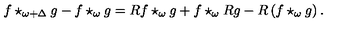
f \star _ { \omega + \Delta } g - f \star _ { \omega } g = R f \star _ { \omega } g + f \star _ { \omega } R g - R \left( f \star _ { \omega } g \right) .